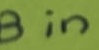
Text: B in